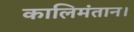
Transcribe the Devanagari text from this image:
कालिमंतान।